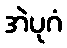
အဲပုဂံ